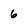
Character: 6